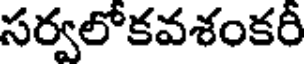
సర్వలోకవశంకరీ